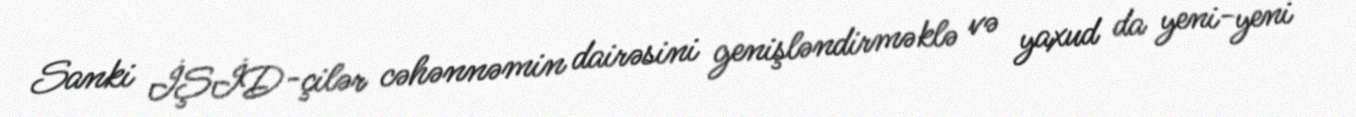
Sanki İŞİD-çilər cəhənnəmin dairəsini genişləndirməklə və yaxud da yeni-yeni